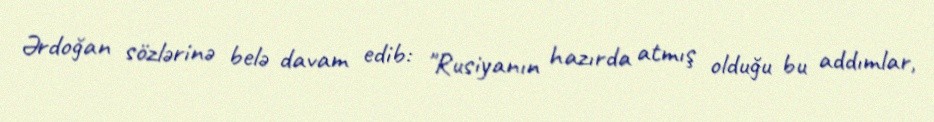
Ərdoğan sözlərinə belə davam edib: "Rusiyanın hazırda atmış olduğu bu addımlar,